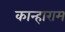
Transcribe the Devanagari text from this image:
कान्हाराम